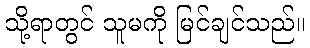
သို့ရာတွင် သူမကို မြင်ချင်သည်။